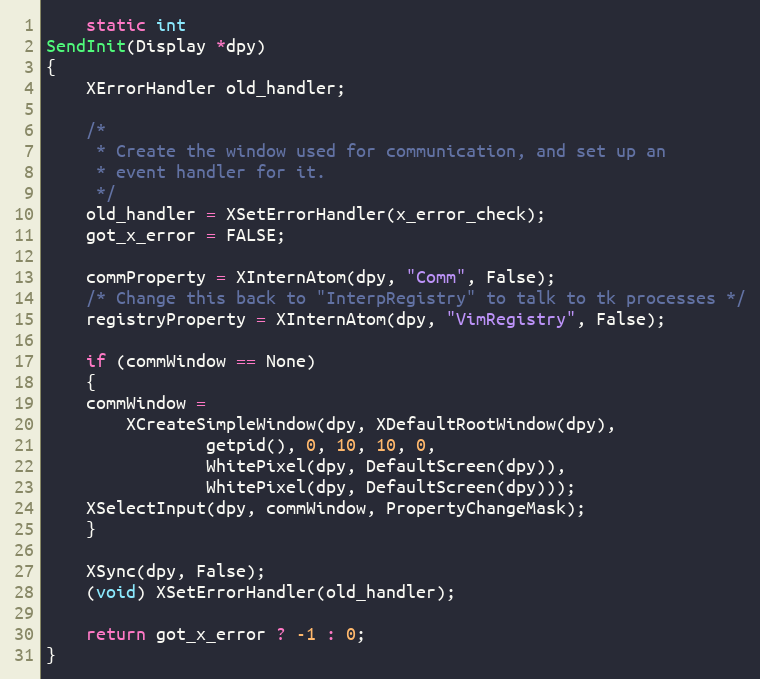
Language: C
    static int
SendInit(Display *dpy)
{
    XErrorHandler old_handler;

    /*
     * Create the window used for communication, and set up an
     * event handler for it.
     */
    old_handler = XSetErrorHandler(x_error_check);
    got_x_error = FALSE;

    commProperty = XInternAtom(dpy, "Comm", False);
    /* Change this back to "InterpRegistry" to talk to tk processes */
    registryProperty = XInternAtom(dpy, "VimRegistry", False);

    if (commWindow == None)
    {
	commWindow =
	    XCreateSimpleWindow(dpy, XDefaultRootWindow(dpy),
				getpid(), 0, 10, 10, 0,
				WhitePixel(dpy, DefaultScreen(dpy)),
				WhitePixel(dpy, DefaultScreen(dpy)));
	XSelectInput(dpy, commWindow, PropertyChangeMask);
    }

    XSync(dpy, False);
    (void) XSetErrorHandler(old_handler);

    return got_x_error ? -1 : 0;
}